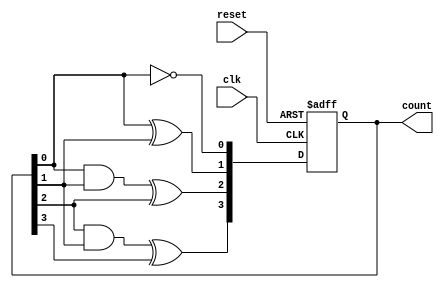
module ripple_counter (
    input wire clk,           // Clock input
    input wire reset,         // Asynchronous reset
    output reg [3:0] count    // 4-bit output count
);

// Counter logic
always @(posedge clk or posedge reset) begin
    if (reset) begin
        count <= 4'b0000;    // Reset count to 0
    end else begin
        count[0] <= ~count[0];            // Toggle LSB
        count[1] <= count[0] ^ count[1]; // Toggle 2nd LSB based on LSB
        count[2] <= (count[0] & count[1]) ^ count[2]; // Toggle 3rd LSB
        count[3] <= (count[2] & count[1]) ^ count[3]; // Toggle MSB
    end
end

endmodule